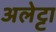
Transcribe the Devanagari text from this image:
अलेट्टा